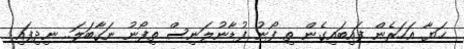
ޙަޔާ އަހަރެން ފައިބައިގެން ތި ފޯނު ފުޑާނުލަނިސް ތިފޯނު ނަގާބަލަ.. ނިދިފައި